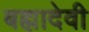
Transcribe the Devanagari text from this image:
बह्मादेवी